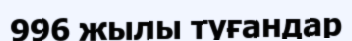
996 жылы туғандар